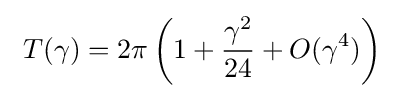
~T(\gamma )=2\pi \left(1+{\frac {\gamma ^{2}}{24}}+O(\gamma ^{4})\right)~